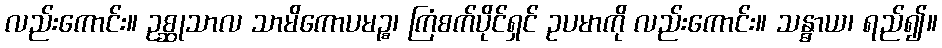
လည်းကောင်း။ ဥစ္ဆုသာလ သာမိကောပမဉ္စ၊ ကြံစက်ပိုင်ရှင် ဥပမာကို လည်းကောင်း။ သန္ဓာယ၊ ရည်၍။